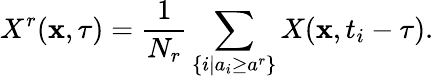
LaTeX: X^{r}(\mathbf{x},\tau)=\frac{1}{N_{r}}\sum_{\left\{ i\left|a_{i}\geq a^{r}\right.\right\} }X(\mathbf{x},t_{i}-\tau).